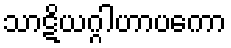
သာဋိယဂ္ဂါဟာပကော